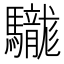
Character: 𩧑